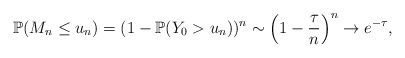
\begin{align*}\mathbb{P}(M_n\leq u_n)= (1-\mathbb{P}(Y_0>u_n))^n\sim\left(1-\frac\tau n\right)^n\to e^{-\tau},\end{align*}